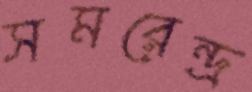
সমরেন্দ্র